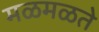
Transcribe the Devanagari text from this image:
मळमळते